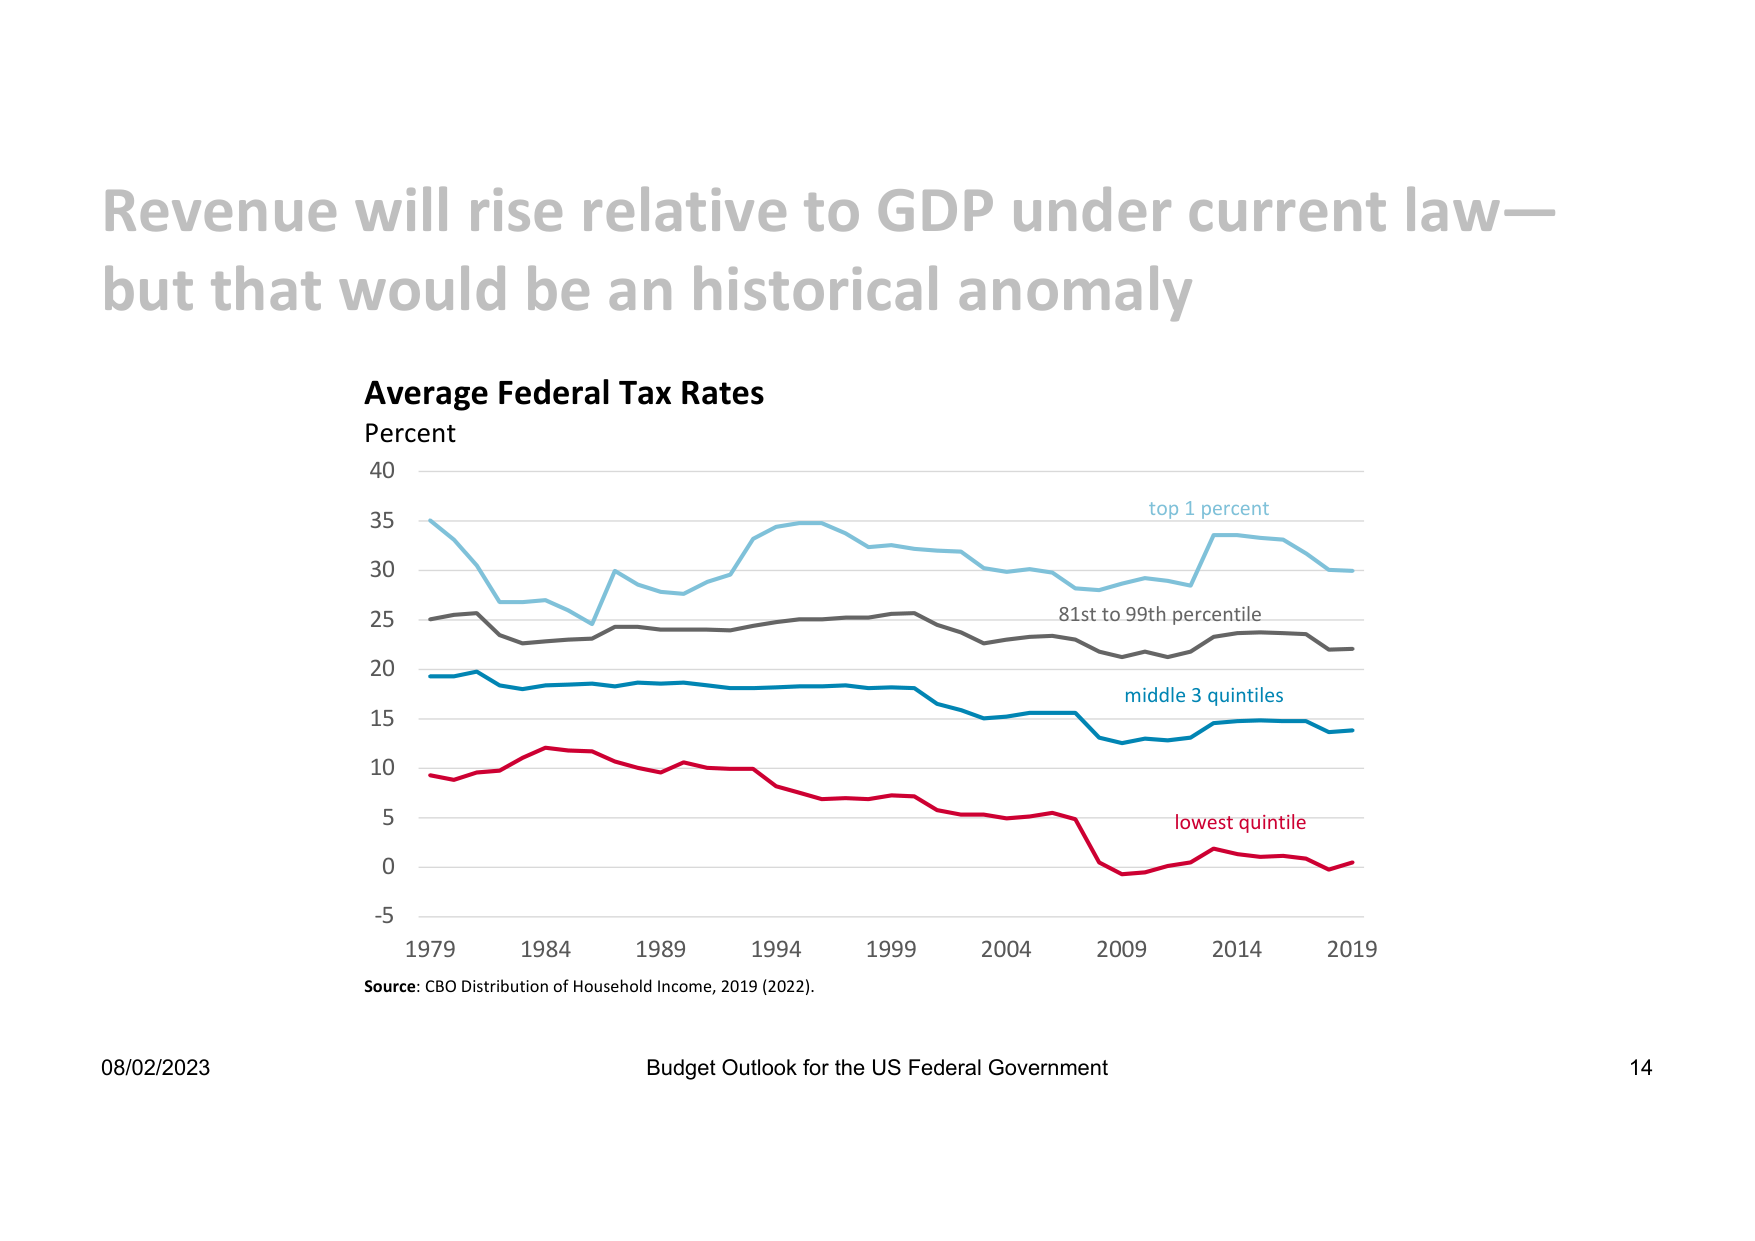
Revenue will rise relative to GDP under current law—
but that would be an historical anomaly

Average Federal Tax Rates
Percent
40
35
30
25
20
15
10
5
0
-5
1979 1984 1989 1994 1999 2004 2009 2014 2019

top 1 percent
81st to 99th percentile
middle 3 quintiles
lowest quintile

Source: CBO Distribution of Household Income, 2019 (2022).

08/02/2023
Budget Outlook for the US Federal Government
14